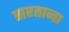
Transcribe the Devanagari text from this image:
सरताना